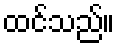
ထင်သည်။